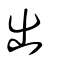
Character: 出